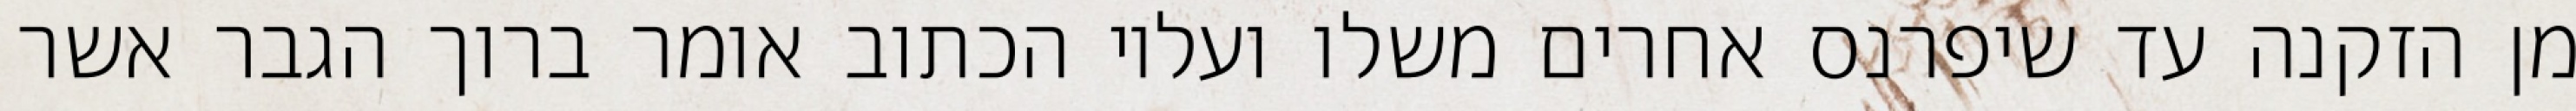
מן הזקנה עד שיפרנס אחרים משלו ועליו הכתוב אומר ברוך הגבר אשר